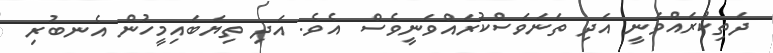
ދަތިކުރައްވަނީ އަދި ތަނަވަސްކުރައްވަނީވެސް  އެވެ. އަދި ތިޔަބައިމީހުން އެނބުރި